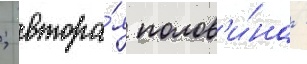
; втора́я полов'и́на -